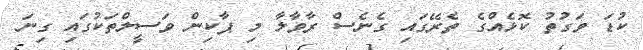
ކުޑަ ވަގުތު ކޮޅެއްގެ ތެރޭގައި ގެނެސް ރާވާލާ މި ޕާކިން ވަސީލްތަކުގައި ގިނަ